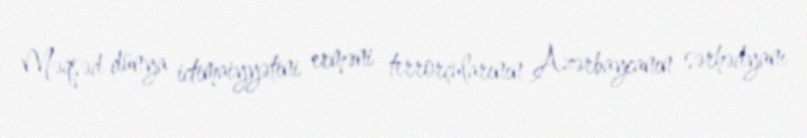
Məqsəd dünya ictimaiyyətini erməni terrorçularının Azərbaycanın sərhədyanı